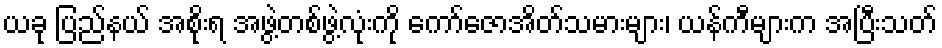
ယခု ပြည်နယ် အစိုးရ အဖွဲ့တစ်ဖွဲ့လုံးကို ကော်ဇောအိတ်သမားများ၊ ယန်ကီများက အပြီးသတ်